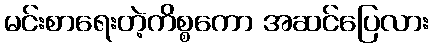
မင်းစာရေးတဲ့ကိစ္စကော အဆင်ပြေလား